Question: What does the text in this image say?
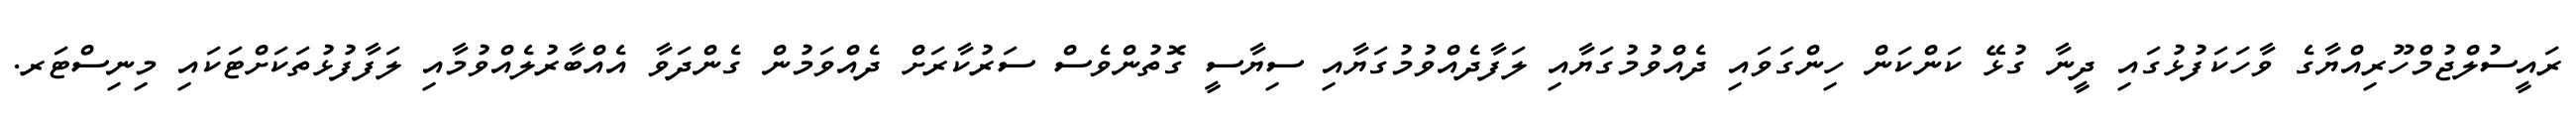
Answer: ރައީސުލްޖުމްހޫރިއްޔާގެ ވާހަކަފުޅުގައި ދީނާ ގުޅޭ ކަންކަން ހިންގަވައި ދެއްވުމުގަޔާއި ލަފާދެއްވުމުގަޔާއި ސިޔާސީ ގޮތުންވެސް ސަރުކާރަށް ދެއްވަމުން ގެންދަވާ އެއްބާރުލެއްވުމާއި ލަފާފުޅުތަކަށްޓަކައި މިނިސްޓަރ.